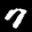
Label: 7